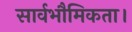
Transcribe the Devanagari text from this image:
सार्वभौमिकता।